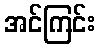
အင်ကြင်း